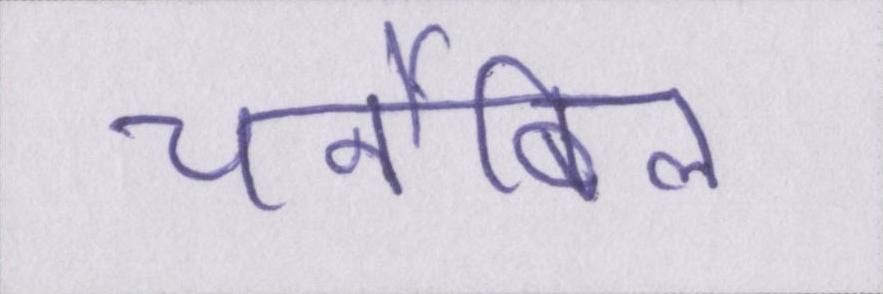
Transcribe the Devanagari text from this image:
चर्नोबिल